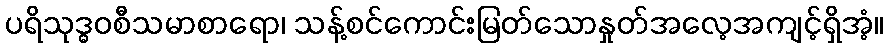
ပရိသုဒ္ဓဝစီသမာစာရော၊ သန့်စင်ကောင်းမြတ်သောနှုတ်အလေ့အကျင့်ရှိအံ့။